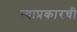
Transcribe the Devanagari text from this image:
त्याप्रकारची